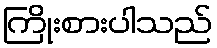
ကြိုးစားပါသည်